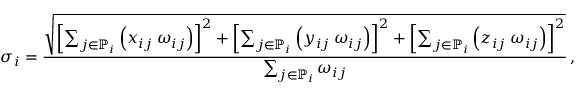
\sigma _ { i } = \frac { \sqrt { \left[ \sum _ { j \in \mathbb { P } _ { i } } \left( x _ { i j } \: \omega _ { i j } \right) \right] ^ { 2 } + \left[ \sum _ { j \in \mathbb { P } _ { i } } \left( y _ { i j } \: \omega _ { i j } \right) \right] ^ { 2 } + \left[ \sum _ { j \in \mathbb { P } _ { i } } \left( z _ { i j } \: \omega _ { i j } \right) \right] ^ { 2 } } } { \sum _ { j \in \mathbb { P } _ { i } } \omega _ { i j } } \, ,